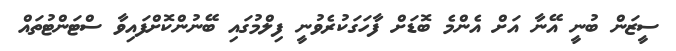
ސީޒަން ބުނީ އޭނާ އަށް އެންމެ ބޮޑަށް ފާހަގަކުރެވުނީ ފިލްމުގައި ބޭނުންކޮށްފައިވާ ސްޓަންޓުތައް